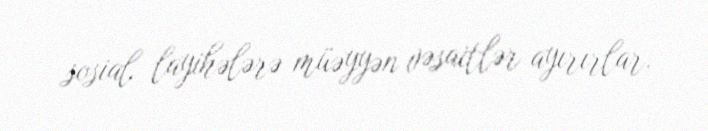
sosial layihələrə müəyyən vəsaitlər ayırırlar.